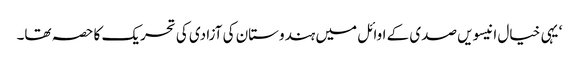
‘ یہی خیال انیسویں صدی کے اوائل میں ہندوستان کی آزادی کی تحریک کا حصہ تھا۔